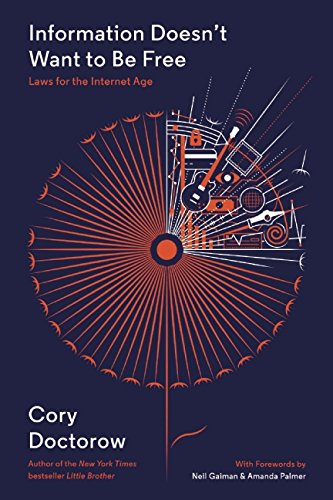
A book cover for Information Doesn't Want to Be Free: Laws for the Internet Age; Cory Doctorow; Law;